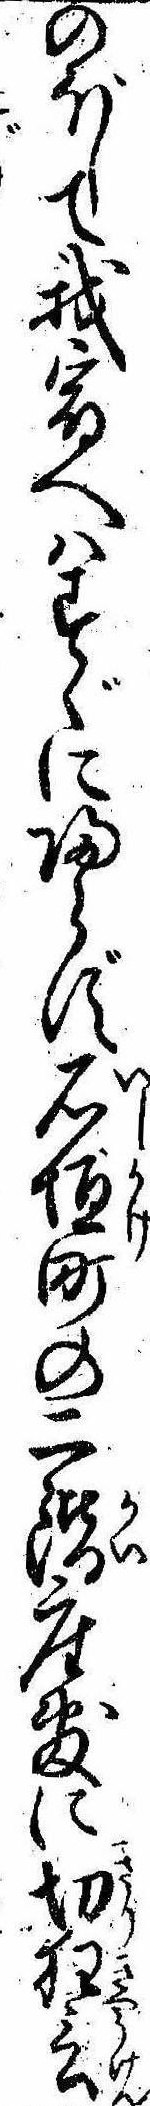
のぼして我宿へはすぐに帰らず石垣町の二階座敷に切狂言